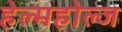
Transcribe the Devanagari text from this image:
हेल्महोल्ज